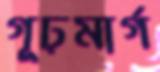
গূঢ়মার্গ